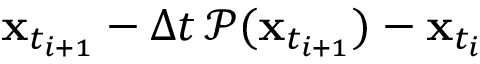
\mathbf { x } _ { t _ { i + 1 } } - \Delta t \, \mathcal { P } ( \mathbf { x } _ { t _ { i + 1 } } ) - \mathbf { x } _ { t _ { i } }